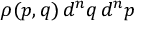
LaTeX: \rho ( p , q ) \, d ^ { n } q \, d ^ { n } p